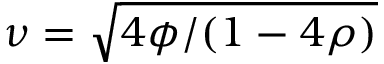
\nu = \sqrt { 4 \phi / ( 1 - 4 \rho ) }